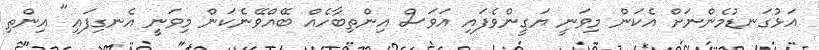
އަޅުގަނޑުމެންނަށް އެކަން މިވަނީ ޔަގީންވެފައި އަވަސް އިންތިބާހެއް ބޭއްވޭނެކަން މިވަނީ އެނގިފައި" އިންތި